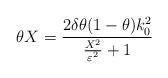
LaTeX: \begin{align*}\theta X=\frac{2\delta \theta (1-\theta )k_{0}^{2}}{\frac{X^{2}}{\varepsilon ^{2}}+1}\end{align*}